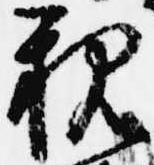
親